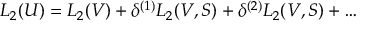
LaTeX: { \cal L } _ { 2 } ( U ) = { \cal L } _ { 2 } ( V ) + \delta ^ { ( 1 ) } { \cal L } _ { 2 } ( V , S ) + \delta ^ { ( 2 ) } { \cal L } _ { 2 } ( V , S ) + \dots